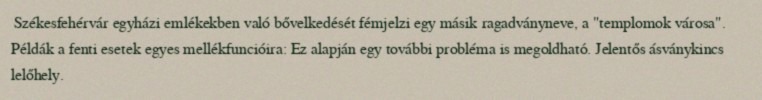
Székesfehérvár egyházi emlékekben való bővelkedését fémjelzi egy másik ragadványneve, a "templomok városa". Példák a fenti esetek egyes mellékfuncióira: Ez alapján egy további probléma is megoldható. Jelentős ásványkincs lelőhely.